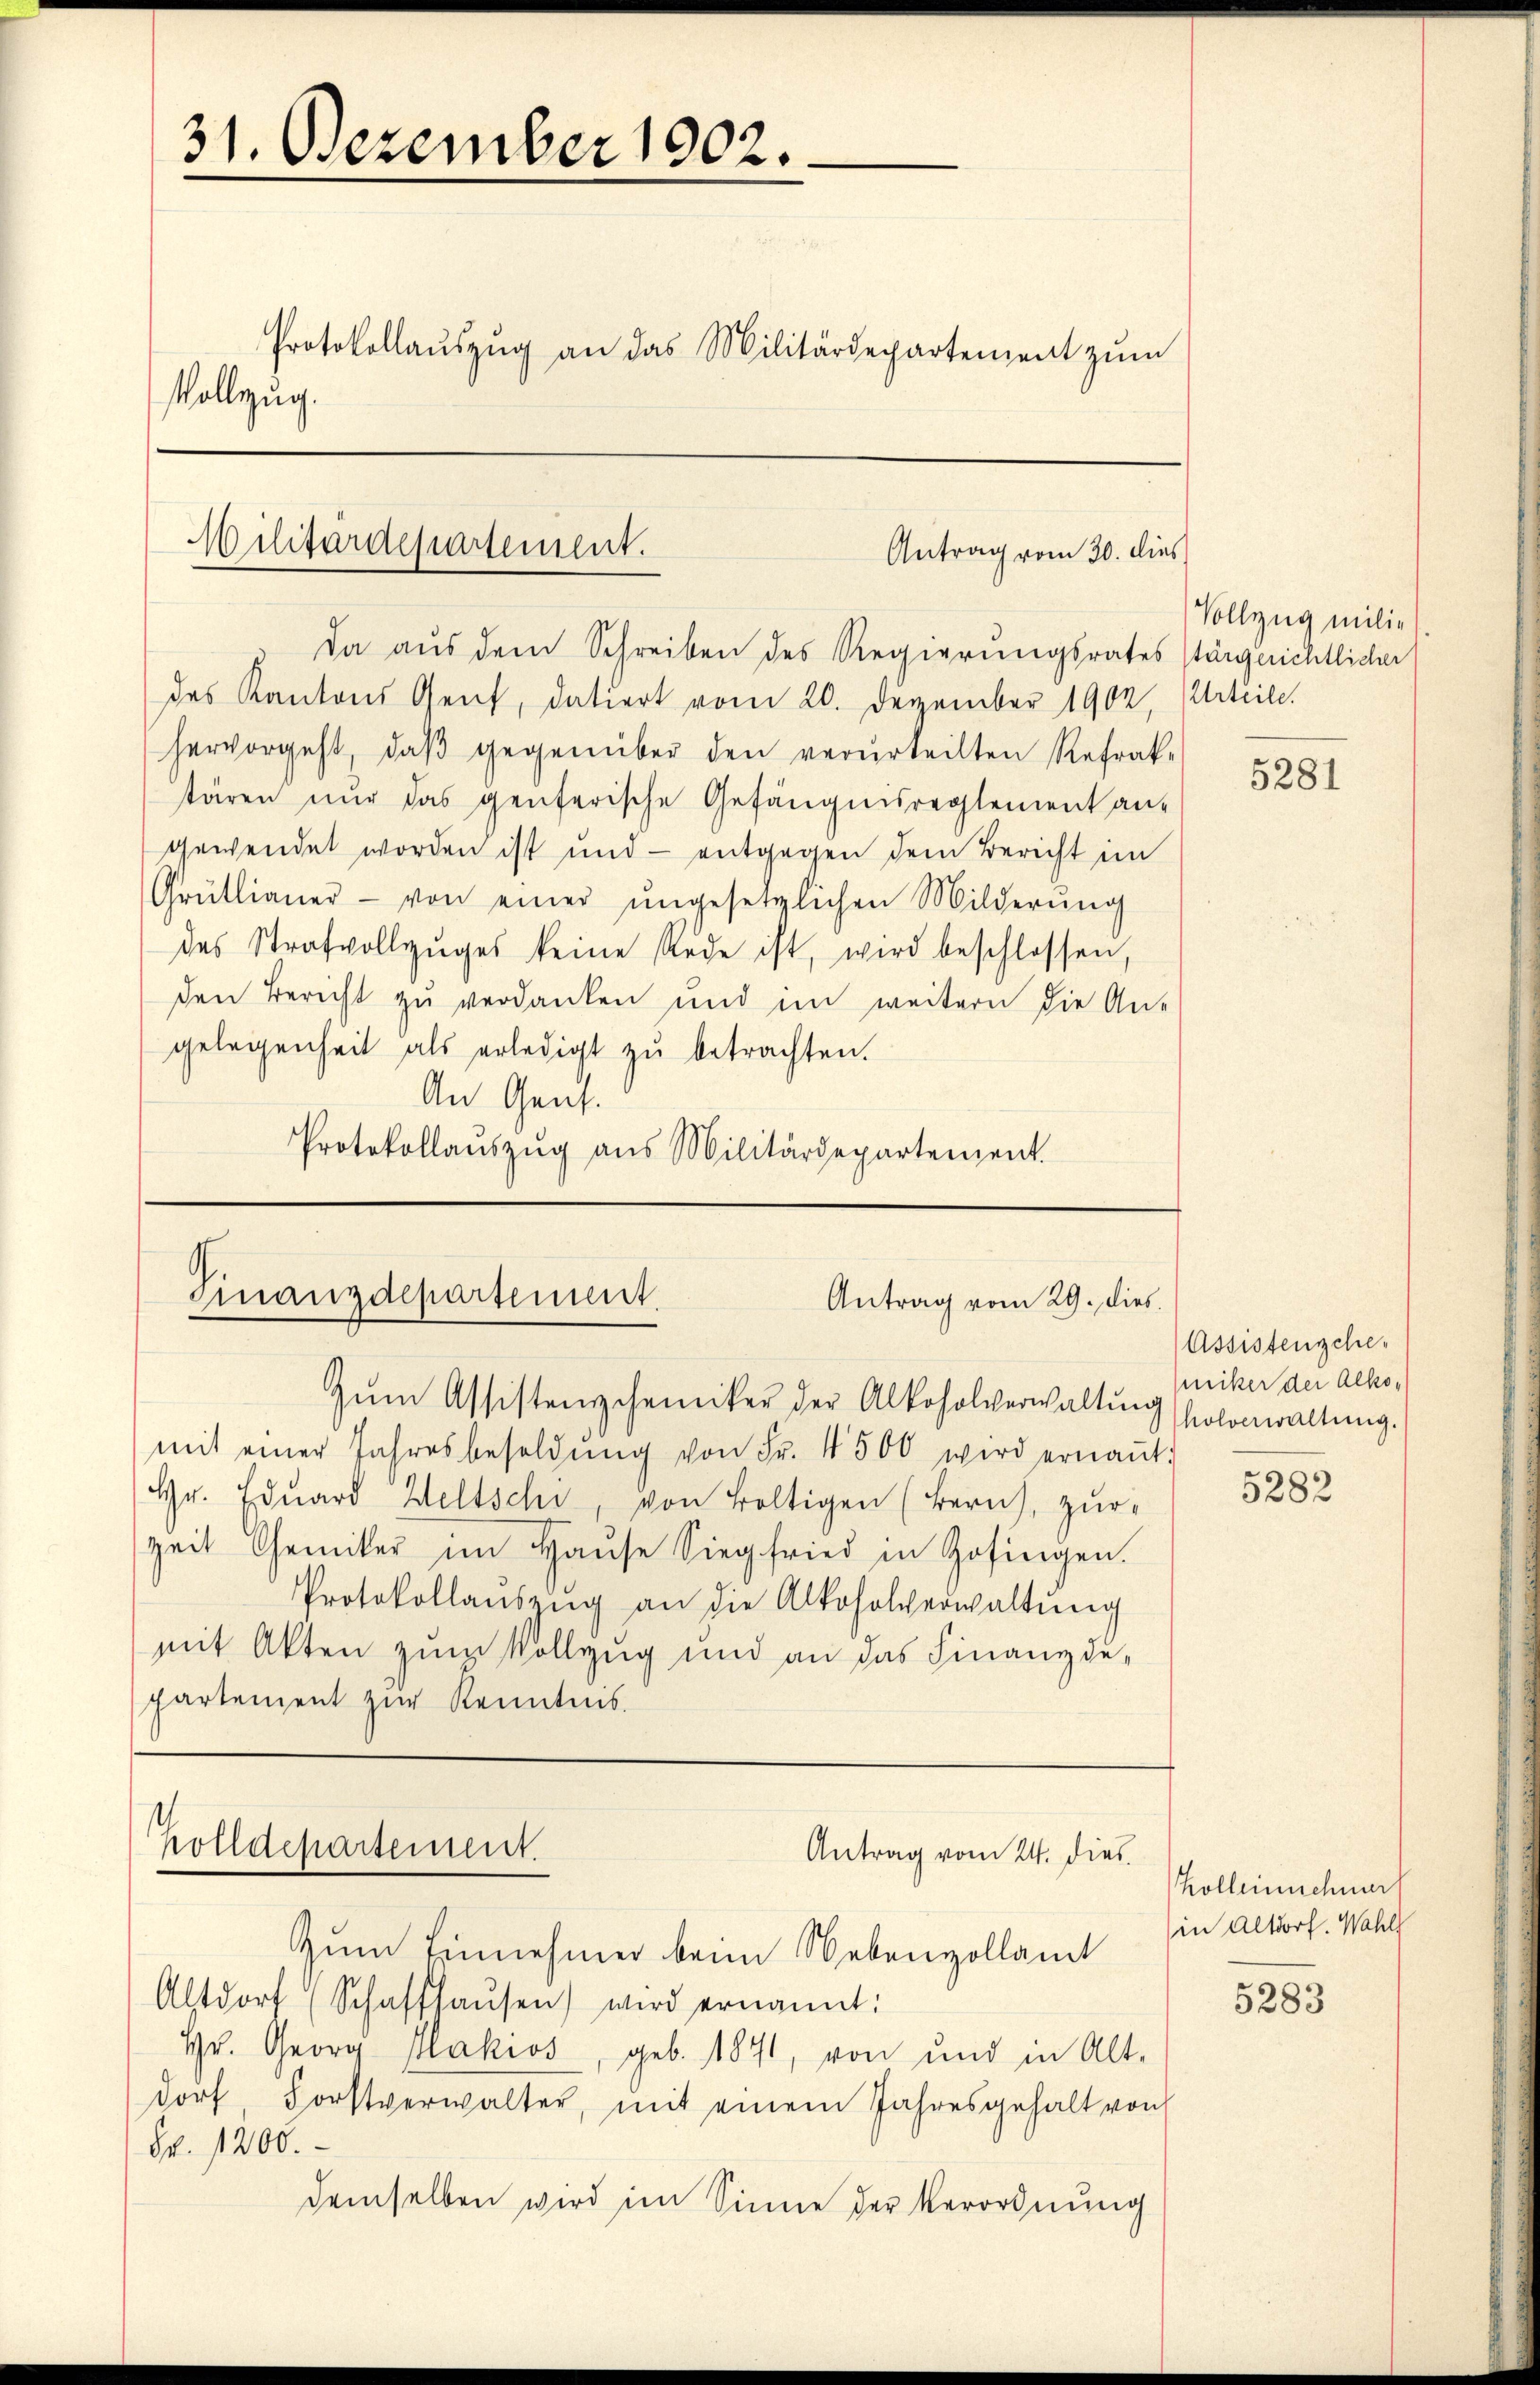
31. Dezember 1902.
Protokollaŭszŭg an das Militärdepartement zŭm
Vollzug.

Militärdepartement.
Antrag vom 30. dies

Da aus dem Schreiben des Regierungsrates stärgerichtlicher
des Kantons Gent, datiert vom 20. Dezember 1902, Urteile.
hervorgeht, daβ gegenüber den verurteilten Refrak-
tären nur das genferische Gefängnisreglement an-
gewendet worden ist und - entgegen dem Bericht im
Grütlianer- von einer ŭngesetzlichen Milderŭng
des Strafvollzŭges keine Rede ist, wird beschlossen
den Bericht zu verdanken und im weitern die An-
gelegenheit als erledigt zŭ betrachten.
An Genf.
Protokollaŭszŭg ans Militärdepartement.

Finanzdepartement.
Antrag vom 29. dies
Zŭm Assistenzchemiker der Alkoholverwaltŭng solonwaltung.

holldepartement.
Antrag vom 24. dies

mit einer Jahresbesoldŭng von Fr. 4500 wird ernaṅt.
Hr. Edŭard Weltschi, von Boltigen (Bern, zur
zeit Chemiker im Haŭse Siegfried in Zofingen.
Protokollaŭszŭg an die Alkoholverwaltŭng
mit Akten zum Vollzug und an das Finanzdepartement zur Kenntnis.

Zum Einnehmen beim Nebenzollamt
Altdorf (Schaffhaŭsen) wird ernannt:
Hr. Georg Makios, geb. 1871, von und in Alt-
dorf, Forstverwalter, mit einem Jahresgehalt von
S. 1200.
demselben wird im Sinne der Verordnung

Vollzug milie

5281

Assistenschenicker der Alko¬

5282

Kolleinschnur
in Altdorf. Wahl

5283